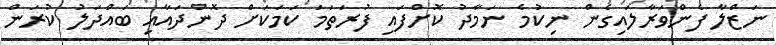
ނަޒްލާ ފެންވަރާލައިގެން ނިކުމެ ނަމާދު ކޮށްފައި ފުރަތަމަ ކަމަކަށް ދޮންދައާއި ބައްދަލު ކުރަން